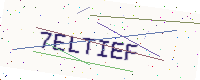
Text: 7ELTIEF